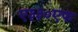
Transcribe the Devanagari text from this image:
ए३३०एफ